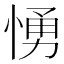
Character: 愑